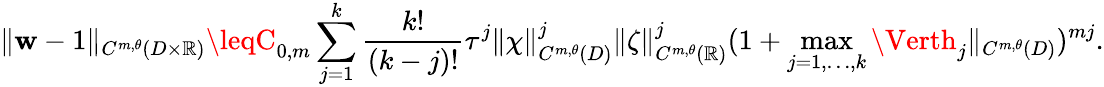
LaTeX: \Vert\mathbf{w}-1\Vert_{C^{m,\theta}(D\times\mathbb{{R}})}\leqC_{0,m}\sum_{j=1}^{k}\frac{{k!}}{{(k-j)!}}\tau^{j}\Vert\chi\Vert_{C^{m,\theta}(D)}^{j}\Vert\zeta\Vert_{C^{m,\theta}(\mathbb{{R}})}^{j}(1+\operatorname*{max}_{j=1,\ldots,k}\Verth_{j}\Vert_{C^{m,\theta}(D)})^{mj}.